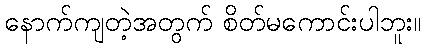
နောက်ကျတဲ့အတွက် စိတ်မကောင်းပါဘူး။